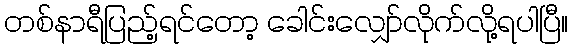
တစ်နာရီပြည့်ရင်တော့ ခေါင်းလျှော်လိုက်လို့ရပါပြီ။